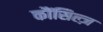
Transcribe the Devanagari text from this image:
कौंसिल्‍ज़